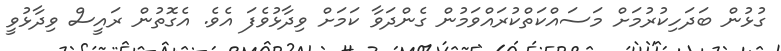
ގުޅުން ބަދަހިކުރުމަށް މަސައްކަތްކުރައްވަމުން ގެންދަވާ ކަމަށް ވިދާޅުވެފަ އެވެ. އެގޮތުން ރައީސް ވިދާޅުވީ